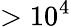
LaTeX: \mathrm{>10^{4}}